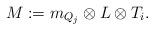
LaTeX: \begin{align*}M:=m_{Q_{j}}\otimes L\otimes T_{i}.\end{align*}